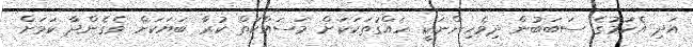
އަދި އެކަމުގެ ސަބަބުން ދިވެހިންނަކީ ހައްގުތަކަކަށް މަސައްކަތް ކުރާ ބަޔަކަށް ވެގެންދާ ކަމަށް